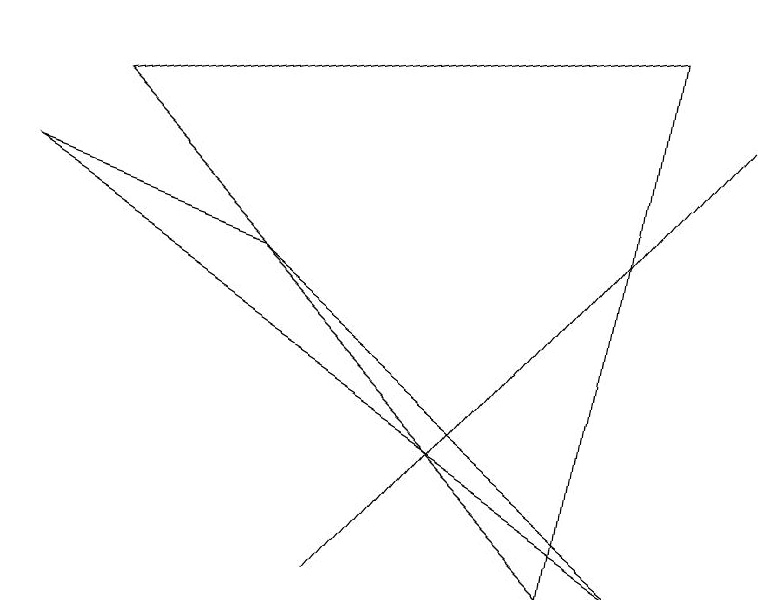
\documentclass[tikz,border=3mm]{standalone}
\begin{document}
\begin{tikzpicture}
\draw (8,9) -- (7,2) -- (1,8) -- cycle;
\draw (8,2) -- (0,7) -- (3,6) -- cycle;
\draw (4,2) -- (9,8) -- (4,2) -- cycle;
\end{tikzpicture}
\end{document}